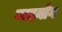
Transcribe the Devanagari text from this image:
नादयोग